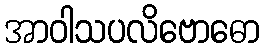
အာဝါသပလိဗောဓော